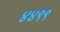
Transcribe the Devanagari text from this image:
४४९९